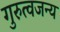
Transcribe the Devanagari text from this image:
गुरुत्वजन्य